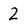
Character: 2